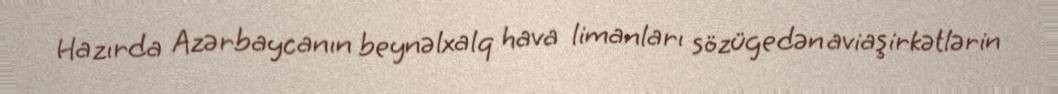
Hazırda Azərbaycanın beynəlxalq hava limanları sözügedən aviaşirkətlərin